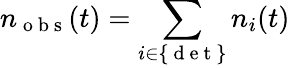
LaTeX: n_{\mathrm{~o~b~s~}}(t)=\sum_{i\in\{ \mathrm{~d~e~t~}\} }n_{i}(t)